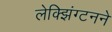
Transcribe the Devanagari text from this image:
लेक्झिंग्टनने